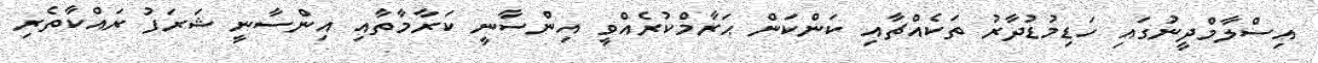
އިސްލާމްދީނުގައި ހަޑިމުޑުދާރު ތަކެއްޗާއި ކަންކަން ޙަރާމްކުރެއްވީ އިންސާނީ ކަރާމާތާއި އިންސާނީ ޝަރަފު ރައްކާތެރި